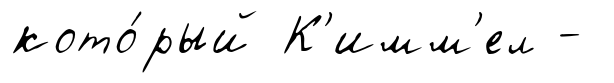
кото́рый К'имм'ел -